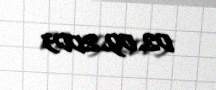
02.09.2003